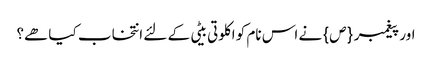
اور پیغمبر {ص} نے اس نام کو اکلوتی بیٹی کے لئے انتخاب کیا ھے؟